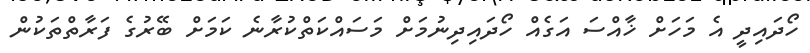
ހޯދައިދީ އެ މަހަށް ޚާއްސަ އަގެއް ހޯދައިދިނުމަށް މަސައްކަތްކުރާނެ ކަމަށް ބޭރުގެ ފަރާތްތަކުން